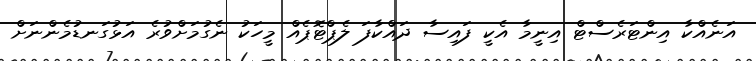
އަނެއްކާ އިންޓަރެސްޓް އިނީމާ އެކީ ފައިސާ ދައްކާފަ ލެޕްޓޮޕެއް މީހަކު ނެގުމަށްވުރެ އަޅުގަނޑުމެންނަށް